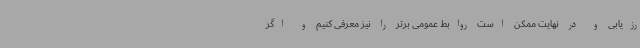
رزیابی و در نهایت ممکن است روابط عمومی برتر را نیز معرفی کنیم و اگر